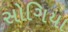
સોગિયા